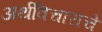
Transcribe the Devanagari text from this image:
अर्थविचाराचे